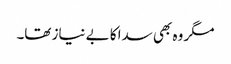
مگر وہ بھی سدا کا بے نیاز تھا۔